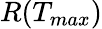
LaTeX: R(T_{max})